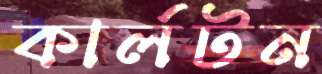
কার্লটন